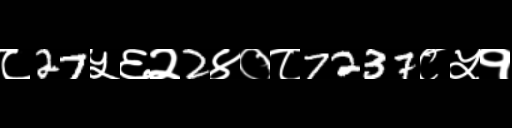
Text: ८27५६२2४०८7237८५१